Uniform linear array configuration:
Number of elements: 32
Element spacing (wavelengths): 0.75
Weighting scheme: hann
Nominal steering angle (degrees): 30
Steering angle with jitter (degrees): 31.302
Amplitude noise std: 0.05
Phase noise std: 0.05

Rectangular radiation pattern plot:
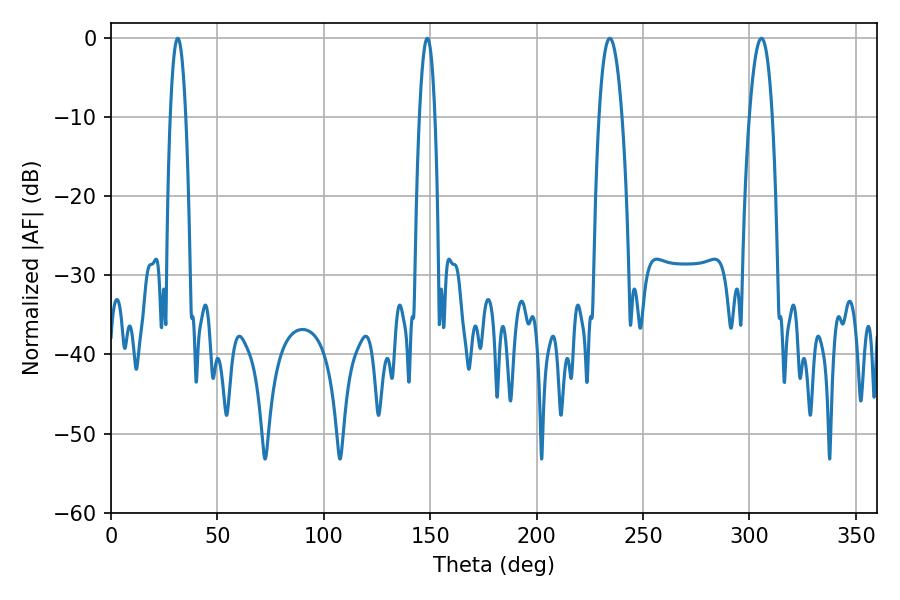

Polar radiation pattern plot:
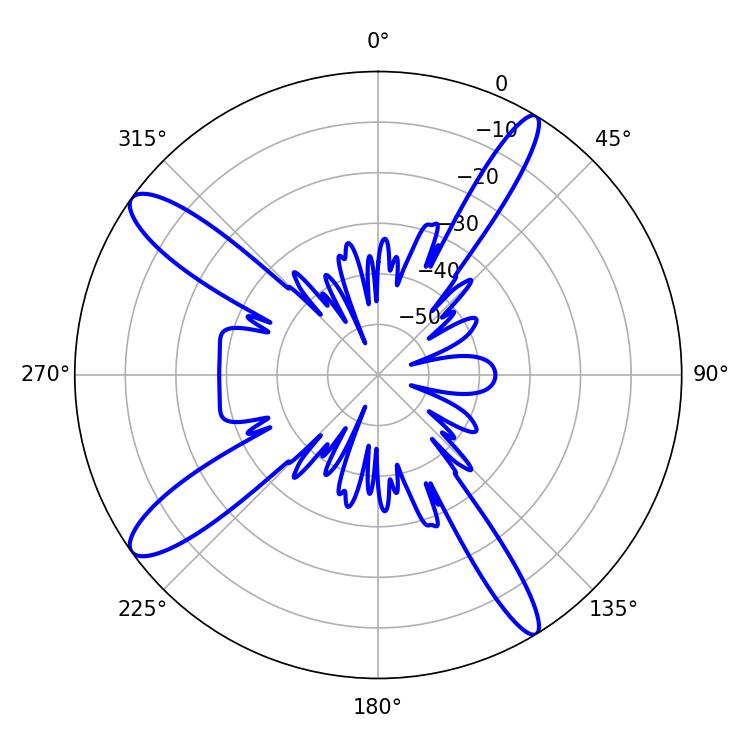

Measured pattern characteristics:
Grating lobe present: TRUE
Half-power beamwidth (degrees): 5.94
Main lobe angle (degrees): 305.64